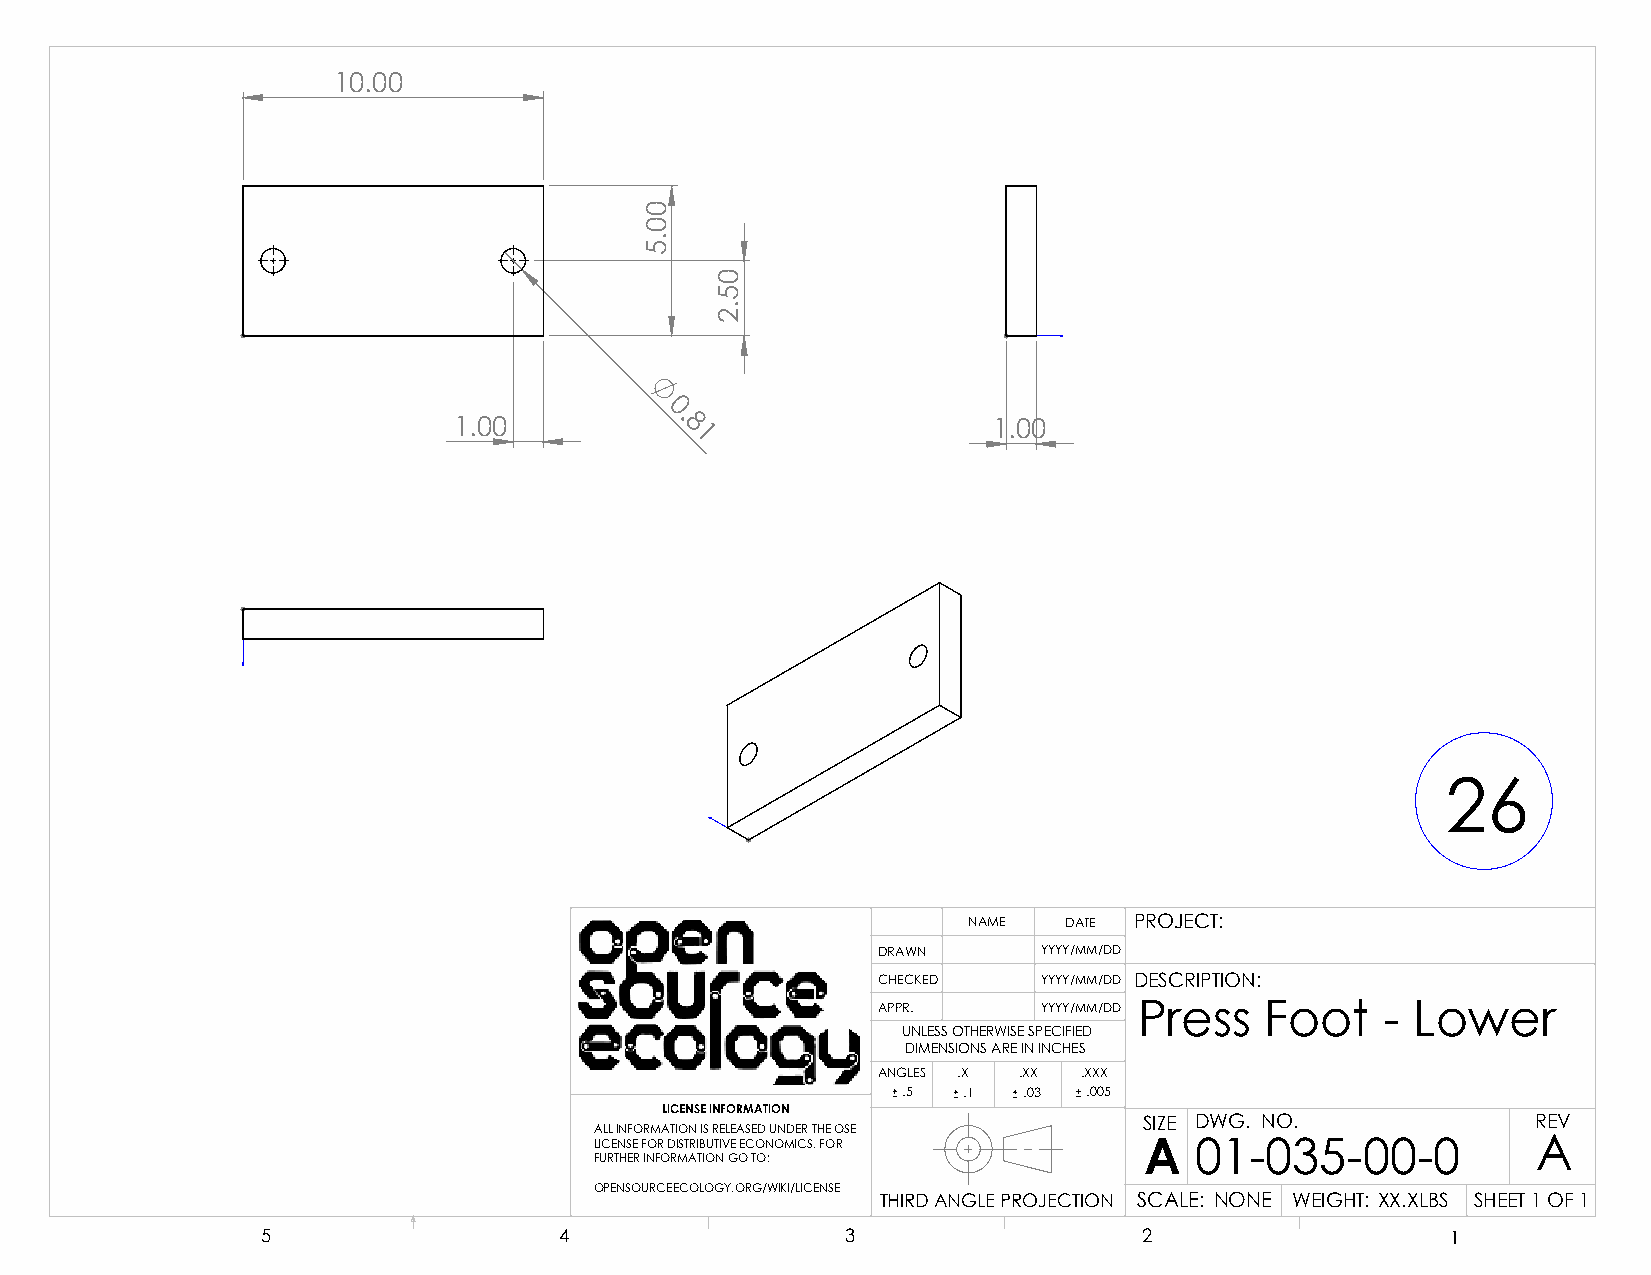
10.00
 0.
 1.00           8                    1.00
 1
 26
 NAME  DATE PROJECT:
 DRAWN      YYYY/MM/DD
 CHECKED    YYYY/MM/DD DESCRIPTION:
 APPR.      YYYY/MM/DD Press Foot  - Lower
 UNLESS OTHERWISE SPECIFIED
 DIMENSIONS ARE IN INCHES
 ANGLES .X .XX .XXX
 .5  .1  .03 .005
 LICENSE INFORMATION
 SIZE DWG. NO.             REV
 ALL INFORMATION IS RELEASED UNDER THE OSE
 LICENSE FOR DISTRIBUTIVE ECONOMICS. FOR A 01-035-00-0          A
 FURTHER INFORMATION GO TO:
 OPENSOURCEECOLOGY.ORG/WIKI/LICENSE
 THIRD ANGLE PROJECTION SCALE: NONE WEIGHT: XX.XLBS SHEET 1 OF 1
 5                   4                  3                   2                   1
 00.5
 05.2